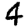
Digit: 4